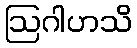
ဩဂါဟသိ